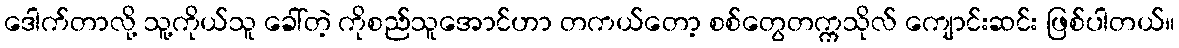
ဒေါက်တာလို့ သူ့ကိုယ်သူ ခေါ်တဲ့ ကိုစည်သူအောင်ဟာ တကယ်တော့ စစ်တွေတက္ကသိုလ် ကျောင်းဆင်း ဖြစ်ပါတယ်။